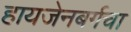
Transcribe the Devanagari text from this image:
हायजेनबर्गचा